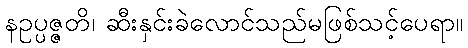
နဥပ္ပဇ္ဇတိ၊ ဆီးနှင်းခဲလောင်သည်မဖြစ်သင့်ပေရာ။